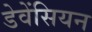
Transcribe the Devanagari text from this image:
डेवेंसियन